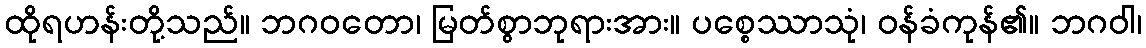
ထိုရဟန်းတို့သည်။ ဘဂဝတော၊ မြတ်စွာဘုရားအား။ ပစ္စေဿာသုံ၊ ဝန်ခံကုန်၏။ ဘဂဝါ၊